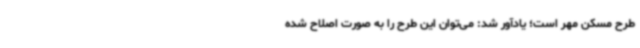
طرح مسکن مهر است؛ یادآور شد: می‌توان این طرح را به صورت اصلاح شده